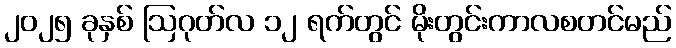
၂၀၂၅ ခုနှစ် ဩဂုတ်လ ၁၂ ရက်တွင် မိုးတွင်းကာလစတင်မည်